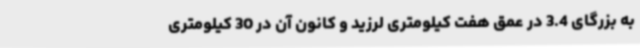
به بزرگای 3.4 در عمق هفت کیلومتری لرزید و کانون آن در 30 کیلومتری